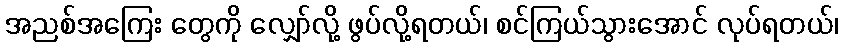
အညစ်အကြေး တွေကို လျှော်လို့ ဖွပ်လို့ရတယ်၊ စင်ကြယ်သွားအောင် လုပ်ရတယ်၊